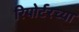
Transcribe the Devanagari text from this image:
रिपोर्टरच्या